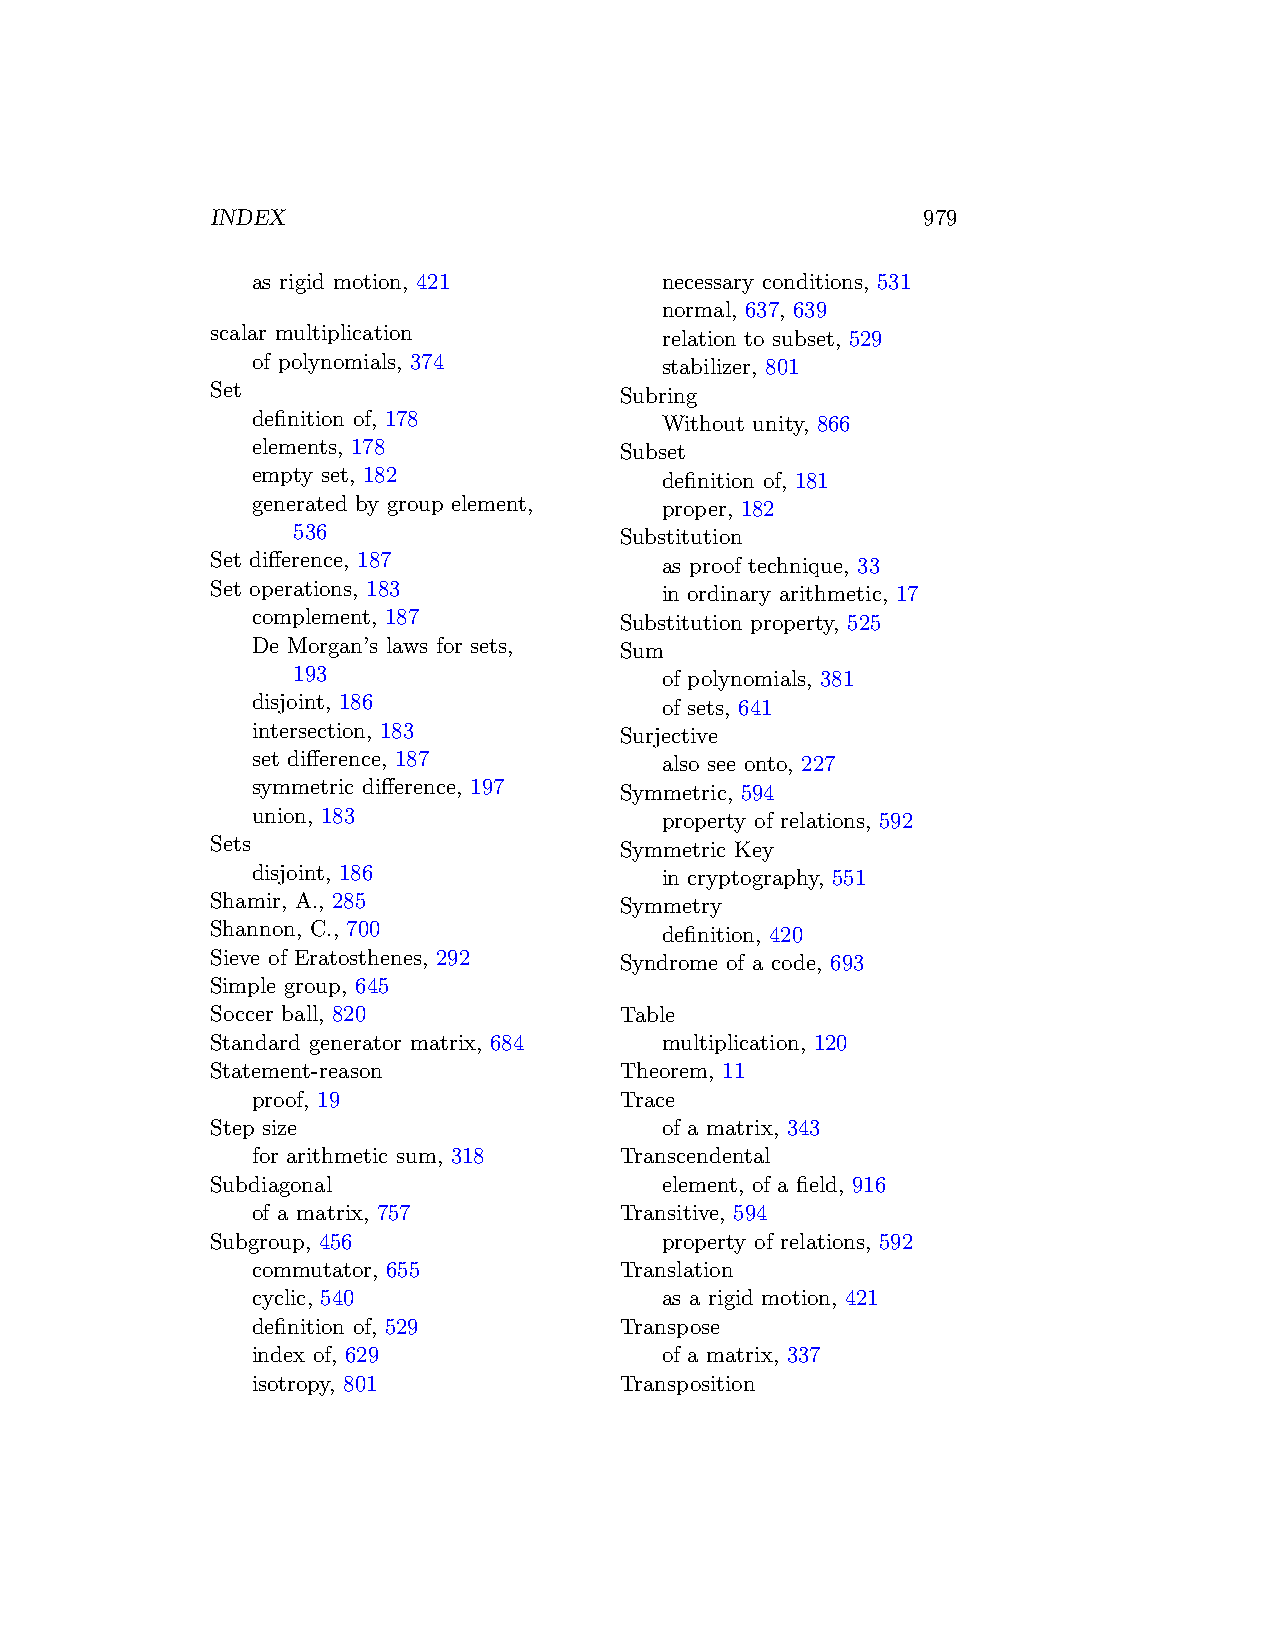
INDEX                                          979
 as rigid motion, 421       necessary conditions, 531
 normal, 637, 639
 scalar multiplication         relation to subset, 529
 of polynomials, 374        stabilizer, 801
 Set                        Subring
 definition of, 178         Without unity, 866
 elements, 178           Subset
 empty set, 182             definition of, 181
 generated by group element, proper, 182
 536                   Substitution
 Set difference, 187           as proof technique, 33
 Set operations, 183           in ordinary arithmetic, 17
 complement, 187         Substitution property, 525
 De Morgan’s laws for sets, Sum
 193                      of polynomials, 381
 disjoint, 186              of sets, 641
 intersection, 183       Surjective
 set difference, 187        also see onto, 227
 symmetric difference, 197 Symmetric, 594
 union, 183                 property of relations, 592
 Sets                       Symmetric Key
 disjoint, 186              in cryptography, 551
 Shamir, A., 285            Symmetry
 Shannon, C., 700              definition, 420
 Sieve of Eratosthenes, 292 Syndrome of a code, 693
 Simple group, 645
 Soccer ball, 820           Table
 Standard generator matrix, 684 multiplication, 120
 Statement-reason           Theorem, 11
 proof, 19               Trace
 Step size                     of a matrix, 343
 for arithmetic sum, 318 Transcendental
 Subdiagonal                   element, of a field, 916
 of a matrix, 757        Transitive, 594
 Subgroup, 456                 property of relations, 592
 commutator, 655         Translation
 cyclic, 540                as a rigid motion, 421
 definition of, 529      Transpose
 index of, 629              of a matrix, 337
 isotropy, 801           Transposition